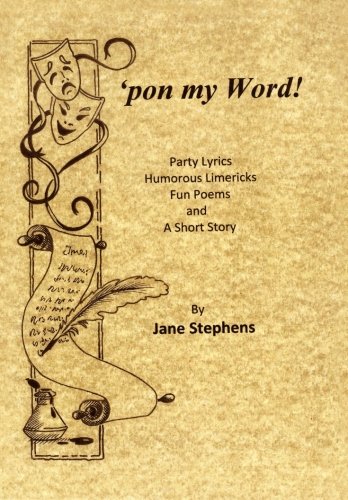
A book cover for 'pon my Word!: Poems, lyrics, limericks; Jane Stephens; Humor & Entertainment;